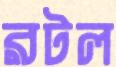
রটল